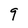
Character: 9